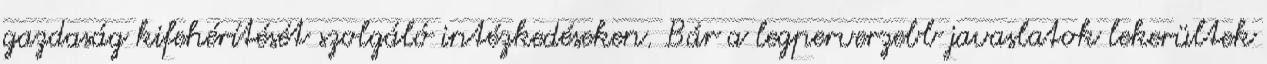
gazdaság kifehérítését szolgáló intézkedéseken. Bár a legperverzebb javaslatok lekerültek